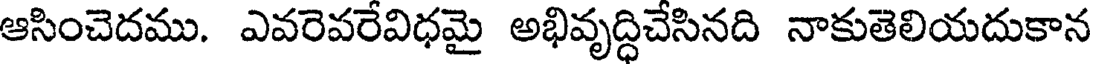
ఆసించెదము. ఎవరెవరేవిధమై అభివృద్ధిచేసినది నాకుతెలియదుకాన